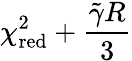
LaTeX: \chi_{\textrm{red}}^{2}+\frac{\tilde{\gamma}R}{3}